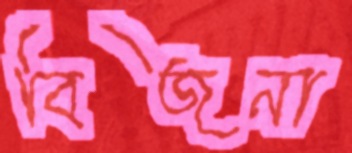
বিজনা